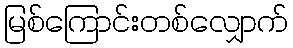
မြစ်ကြောင်းတစ်လျှောက်